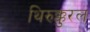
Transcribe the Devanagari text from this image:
थिरुक्कुरल